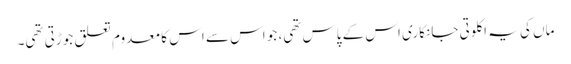
ماں کی یہ اکلوتی جانکاری اس کے پاس تھی، جو اس سے اس کا معدوم تعلق جوڑتی تھی۔